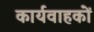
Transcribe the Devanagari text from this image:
कार्यवाहकों